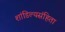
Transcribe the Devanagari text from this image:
शांडिल्यसंहिता